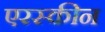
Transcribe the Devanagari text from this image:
एरस्कीन